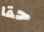
حقا